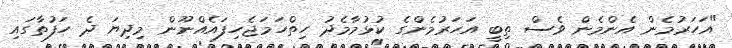
"އަހަރުމެން އެންމެން ވެސް ތިބީ އަހަރުމެންގެ ކުޅުމާމެދު ހިތްހަމަޖެހިފައެއްނޫން މިދިޔަ ދެ ހަފުތާގައި